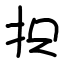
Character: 抧